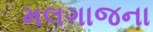
મલગાજના